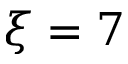
\xi = 7